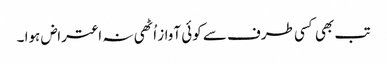
تب بھی کسی طرف سے کوئی آواز اُٹھی نہ اعتراض ہوا ۔